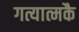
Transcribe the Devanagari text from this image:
गत्यात्मकै